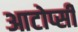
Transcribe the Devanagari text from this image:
आटोप्सी